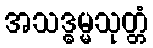
အသဒ္ဓမ္မသုတ္တံ